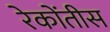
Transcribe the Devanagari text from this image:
रेकोंतीस